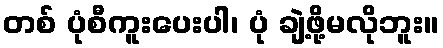
တစ် ပုံစီကူးပေးပါ၊ ပုံ ချဲ့ဖို့မလိုဘူး။